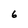
Character: 6